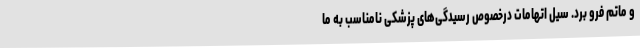
و ماتم فرو برد. سیل اتهامات درخصوص رسیدگی‌های پزشکی نامناسب به ما